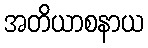
အတိယာစနာယ